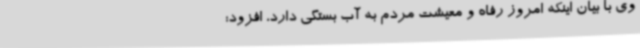
وی با بیان اینکه امروز رفاه و معیشت مردم به آب‌ بستگی دارد، افزود: